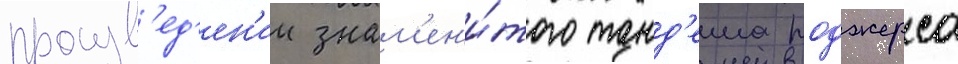
произв'ед'ен'ии знам'ен'и́того танд'ема роджерса